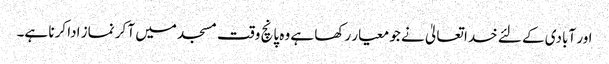
اور آبادی کے لئے خدا تعالیٰ نے جو معیار رکھا ہے وہ پانچ وقت مسجد میں آ کر نماز ادا کرنا ہے۔